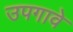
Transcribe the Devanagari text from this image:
उपगावे